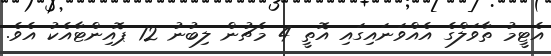
އެޓީމު ތާވަލްގެ އެއްވަނައިގައި އޮތީ 4 މެޗުން ލިބުނު 12 ޕޮއިންޓާއެކު އެވެ.